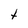
Character: t